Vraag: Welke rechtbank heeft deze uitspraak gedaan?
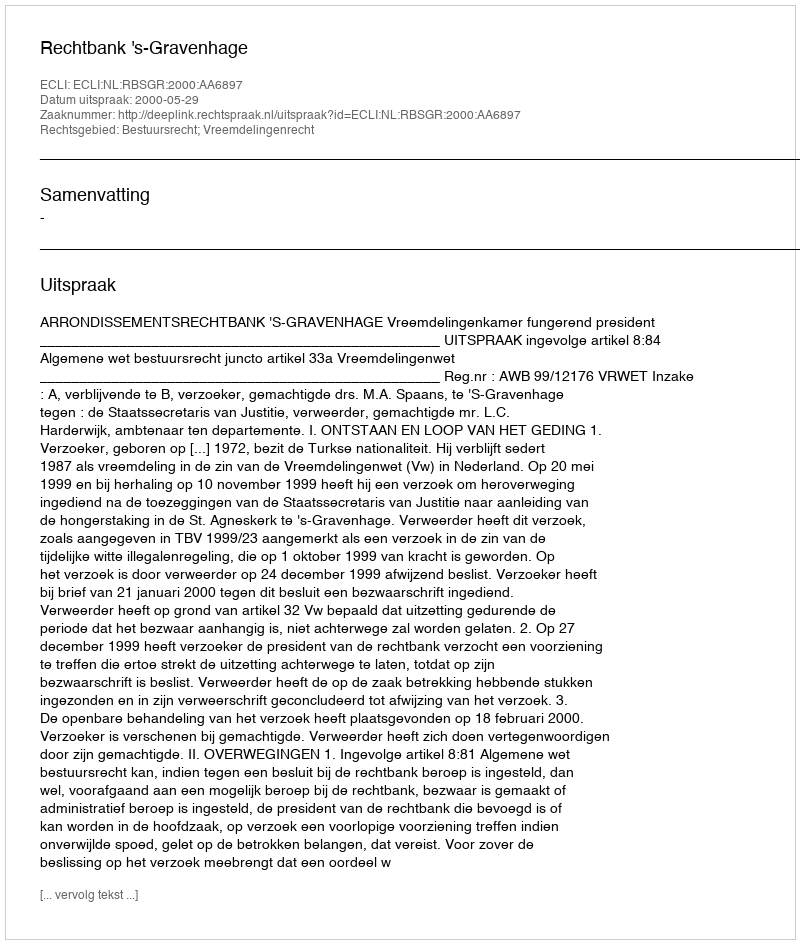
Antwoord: Rechtbank 's-Gravenhage